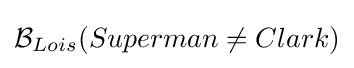
{\mathcal {B}}_{Lois}(Superman\neq Clark)